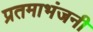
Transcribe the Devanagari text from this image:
प्रतमाभंजनी